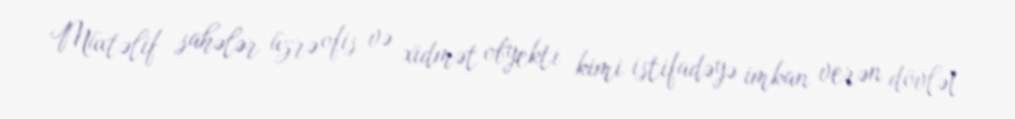
Müxtəlif sahələr üzrə ofis və xidmət obyekti kimi istifadəyə imkan verən dövlət